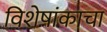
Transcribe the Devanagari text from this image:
विशेषांकाचा